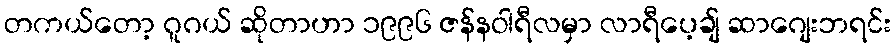
တကယ်တော့ ဂူဂယ် ဆိုတာဟာ ၁၉၉၆ ဇန်နဝါရီလမှာ လာရီပေ့ချ် ဆာဂျေးဘရင်း